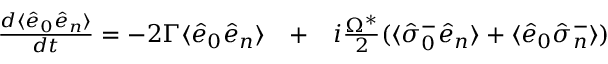
\begin{array} { r l r } { \frac { d \langle \hat { e } _ { 0 } \hat { e } _ { n } \rangle } { d t } = - 2 \Gamma \langle \hat { e } _ { 0 } \hat { e } _ { n } \rangle } & { { } + } & { i \frac { \Omega ^ { * } } { 2 } ( \langle \hat { \sigma } _ { 0 } ^ { - } \hat { e } _ { n } \rangle + \langle \hat { e } _ { 0 } \hat { \sigma } _ { n } ^ { - } \rangle ) } \end{array}